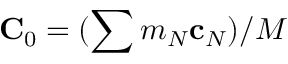
{ \bf C } _ { 0 } = ( \sum m _ { N } { \bf c } _ { N } ) / M